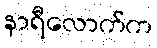
နာရီလောက်က